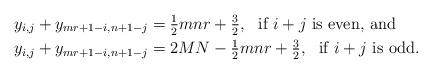
LaTeX: \begin{align*} y_{i,j} + y_{mr+1-i,n+1-j} &= \tfrac{1}{2} mnr +\tfrac{3}{2}, \mbox{ \ if } i+j \mbox{ is even, and} \\ y_{i,j} + y_{mr+1-i,n+1-j} &= 2MN -\tfrac{1}{2} mnr +\tfrac{3}{2}, \mbox{ \ if } i+j \mbox{ is odd.} \end{align*}